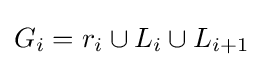
G_{i}=r_{i}\cup L_{i}\cup L_{i+1}